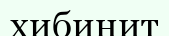
хибинит